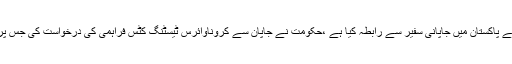
میڈیارپورٹس کے مطابق کرونا وائرس کے حوالے سے وزارت قومی صحت نے پاکستان میں جاپانی سفیر سے رابطہ کیا ہے ،حکومت نے جاپان سے کروناوائرس ٹیسٹنگ کٹس فراہمی کی درخواست کی جس پر جاپان نے کرونا وائرس کی ٹیسٹنگ کٹس فراہم کرنے پر آمادگی ظاہر کردی۔